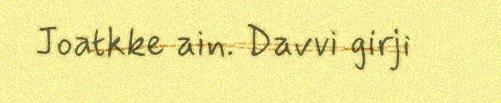
Joatkke ain. Davvi girji